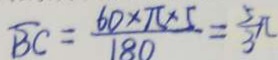
\overline { B C } = \frac { 6 0 \times \pi \times 5 } { 1 8 0 } = \frac { 5 } { 3 } \pi